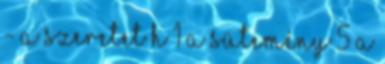
- A szeretet h 1 A sütemény 5 A